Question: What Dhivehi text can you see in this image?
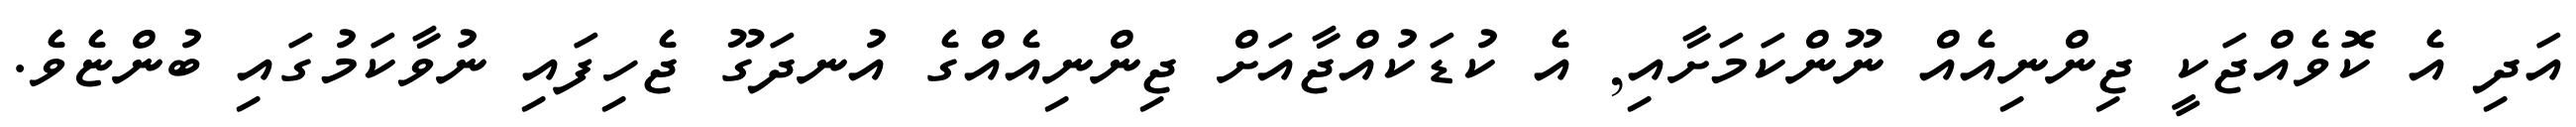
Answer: އަދި އެ ކޮވެއްޖަކީ ޖިންނިއެއް ނޫންކަމަށާއި, އެ ކުޑަކުއްޖާއަށް ޖިންނިއެއްގެ އުނދަގޫ ޖެހިފައި ނުވާކަމުގައި ބުންޏެވެ.